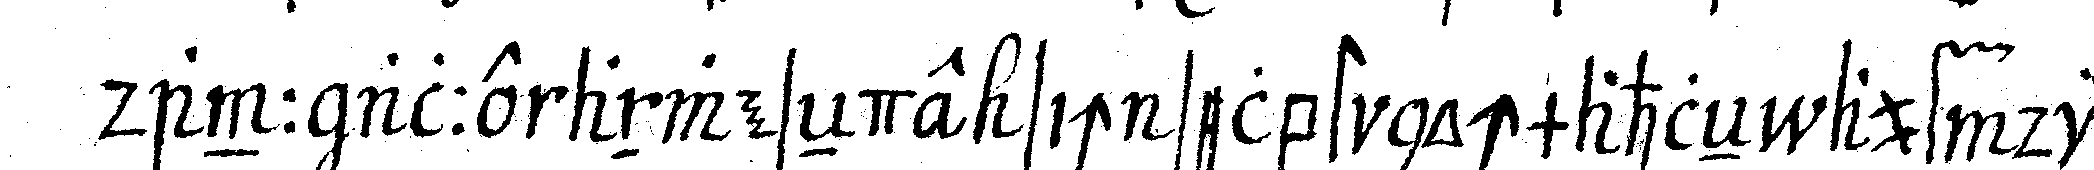
dann alle anweseNde sich selbst nochmahleN auf die